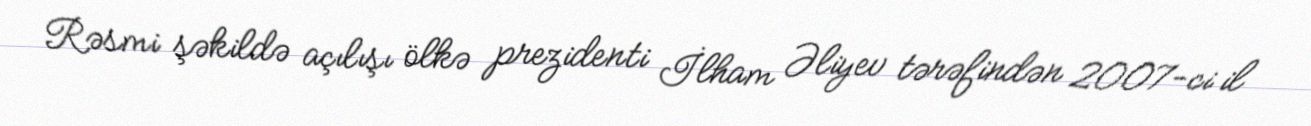
Rəsmi şəkildə açılışı ölkə prezidenti İlham Əliyev tərəfindən 2007-ci il